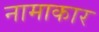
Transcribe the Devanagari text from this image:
नामाकार